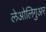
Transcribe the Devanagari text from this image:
लेओलिगुअर